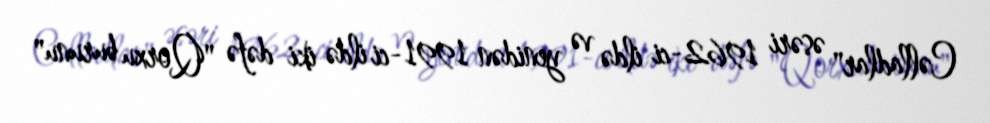
Cəlladlar" əsəri 1962-ci ildə və yenidən 1991-ci ildə iki dəfə "Qorxu burunu"